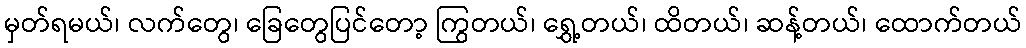
မှတ်ရမယ်၊ လက်တွေ၊ ခြေတွေပြင်တော့ ကြွတယ်၊ ရွှေ့တယ်၊ ထိတယ်၊ ဆန့်တယ်၊ ထောက်တယ်